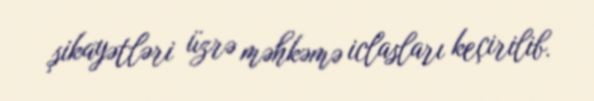
şikayətləri üzrə məhkəmə iclasları keçirilib.